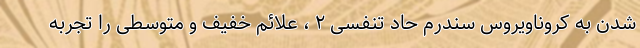
شدن به کروناویروس سندرم حاد تنفسی ۲ ، علائم خفیف و متوسطی را تجربه